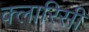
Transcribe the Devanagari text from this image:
क्लारिसी